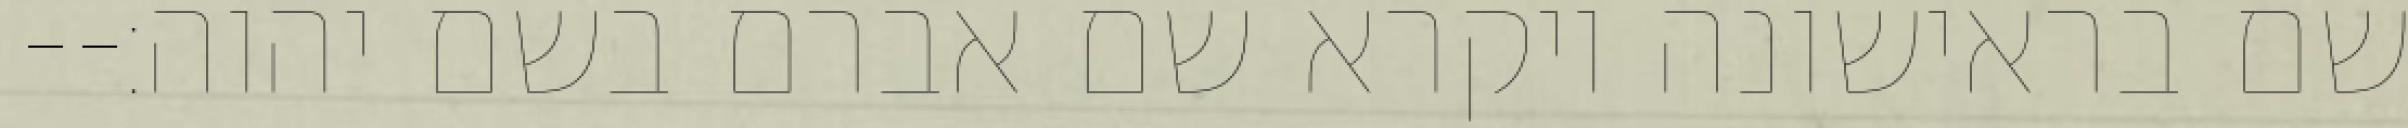
שם בראישונה ויקרא שם אברם בשם יהוה׃--